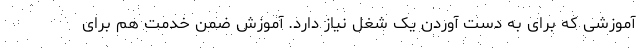
آموزشی که برای به دست آوردن یک شغل نیاز دارد. آموزش ضمن خدمت هم برای